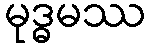
မုဒ္ဓမဿ